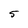
Character: 5